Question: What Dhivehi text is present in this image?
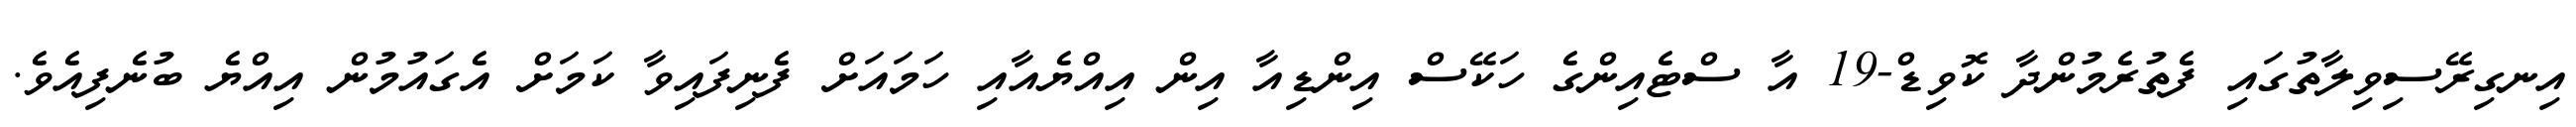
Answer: އިނގިރޭސިވިލާތުގައި ފެތުރެމުންދާ ކޮވިޑް-19 އާ ސްޓެއިންގެ ހަކޭސް އިންޑިއާ އިން އިއްޔެއާއި ހަމައަށް ފެނިފައިވާ ކަމަށް އެގައުމުން އިއްޔެ ބުނެފިއެވެ.